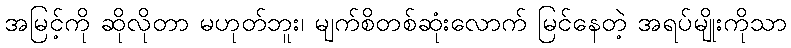
အမြင့်ကို ဆိုလိုတာ မဟုတ်ဘူး၊ မျက်စိတစ်ဆုံးလောက် မြင်နေတဲ့ အရပ်မျိုးကိုသာ